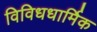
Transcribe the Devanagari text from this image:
विविधधार्मिक